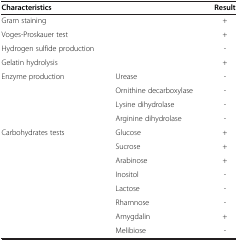
<table><thead><tr><td><b>Characteristics</b></td><td><b> </b></td><td><b>Result</b></td></tr></thead><tbody><tr><td>Gram staining</td><td> </td><td>+</td></tr><tr><td>Voges-Proskauer test</td><td> </td><td>+</td></tr><tr><td>Hydrogen sulfide production</td><td> </td><td>-</td></tr><tr><td>Gelatin hydrolysis</td><td> </td><td>+</td></tr><tr><td>Enzyme production</td><td>Urease</td><td>-</td></tr><tr><td> </td><td>Ornithine decarboxylase</td><td>-</td></tr><tr><td> </td><td>Lysine dihydrolase</td><td>-</td></tr><tr><td> </td><td>Arginine dihydrolase</td><td>-</td></tr><tr><td>Carbohydrates tests</td><td>Glucose</td><td>+</td></tr><tr><td> </td><td>Sucrose</td><td>+</td></tr><tr><td> </td><td>Arabinose</td><td>+</td></tr><tr><td> </td><td>Inositol</td><td>-</td></tr><tr><td> </td><td>Lactose</td><td>-</td></tr><tr><td> </td><td>Rhamnose</td><td>-</td></tr><tr><td> </td><td>Amygdalin</td><td>+</td></tr><tr><td> </td><td>Melibiose</td><td>-</td></tr></tbody></table>